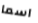
اسما